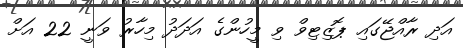
އަދި ރާއްޖޭގައި ޕޮޒިޓިވް ވި މީހުންގެ އަދަދު މިހާރު ވަނީ 22 އަށް